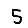
Digit: 5